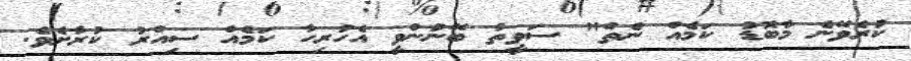
ކުރެވޭނެ މާބޮޑު ކަމެއް ނެތް" ސަވީތާ ބޭނުންވީ އެހުރިހާ ކަމެއް ސިއްރު ކުރާށެވެ.